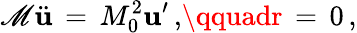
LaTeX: \mathscr{M}\ddot{{\mathbf{u}}}\, =\, M_{0}^{2}{\mathbf{u}}^{\prime}\, {,}\qquadr\, =\, 0\, {,}